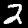
Label: 2